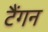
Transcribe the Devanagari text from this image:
टैंगन